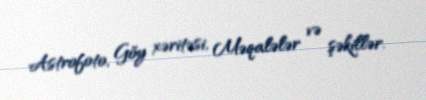
Astrofoto, Göy xəritəsi, Məqalələr və şəkillər.